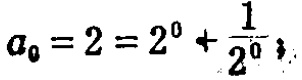
\(a_{0}=2 = 2^{0}+\frac{1}{2^{0}}\)